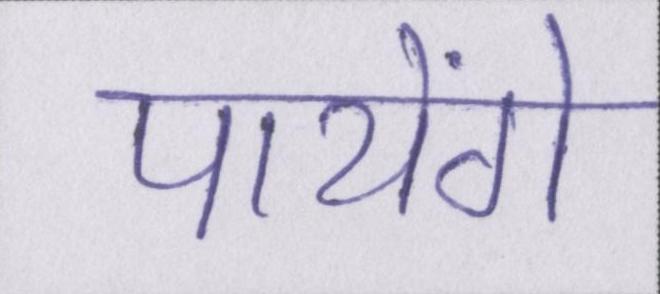
पायेंगे